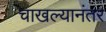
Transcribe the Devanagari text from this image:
चाखल्यानंतर